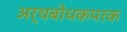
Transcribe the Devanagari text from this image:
अर्थबोधकपरक